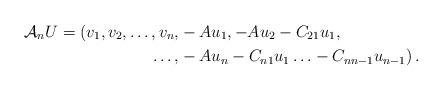
LaTeX: \begin{align*}\mathcal{A}_nU=(v_1,v_2,\ldots, v_n, & -Au_1,-Au_2 - C_{21}u_1, \\\ldots, & -Au_n -C_{n1}u_1 \ldots - C_{nn-1}u_{n-1}) \,.\end{align*}